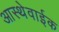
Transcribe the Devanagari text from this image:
आस्थेवाईक